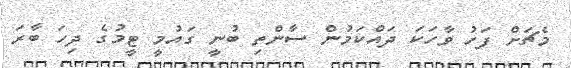
މެޗަށް ފަހު ވާހަކަ ދައްކަމުން ސާންތި ބުނީ ގައުމީ ޓީމުގެ ދިހަ ބާރަ